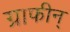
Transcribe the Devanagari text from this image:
ग्राफीन्